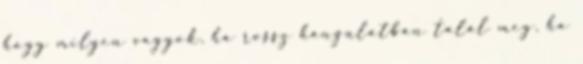
hogy milyen vagyok, ha rossz hangulatban talál meg, ha